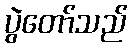
ပွဲတော်သည်